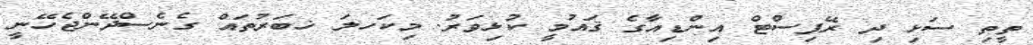
ތީތި ސަޅި ދި ރޭޕިސްޓް އިންޑިއާގެ ޤައުމީ ކުޅިވަރު. މިކަހލަ ޚބަރުތައް ގެނެސްދޭންޖެހޭނީ